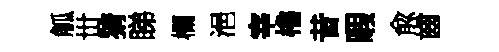
觚丗猜睇欄浥宰櫓昔暇兪齒